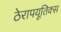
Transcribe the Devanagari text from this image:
ठेरापयूतिक्स